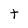
Character: T